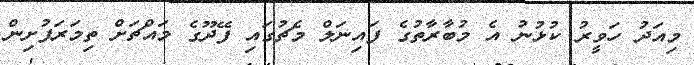
މިއަދު ހަވީރު ކުޅުނު އެ މުބާރާތުގެ ފައިނަލް މެޗުގައި ފޭދޫގެ މައްޗަށް ތިމަރަފުށިން